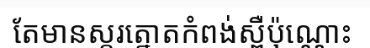
តែមានស្ករត្នោតកំពង់ស្ពឺប៉ុណ្ណោះ